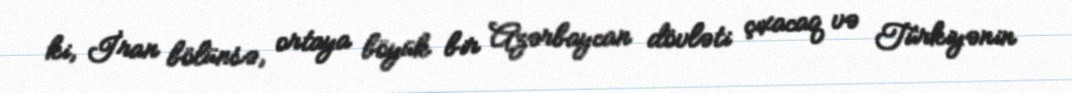
ki, İran bölünsə, ortaya böyük bir Azərbaycan dövləti çıxacaq və Türkiyənin